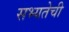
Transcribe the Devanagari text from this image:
सभ्यतेची